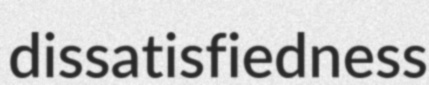
dissatisfiedness